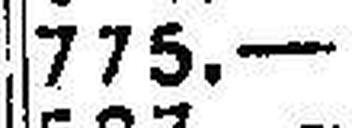
775.—